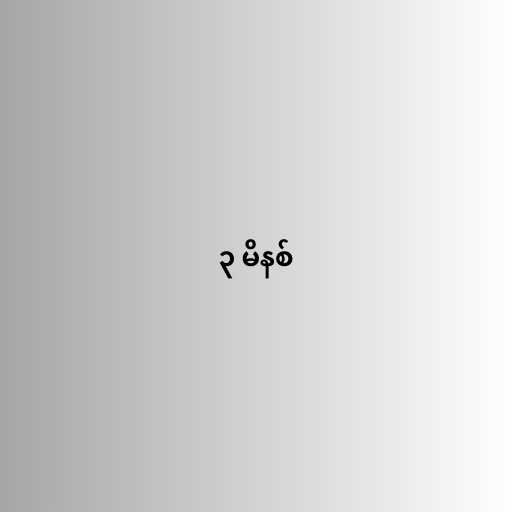
၃ မိနစ်